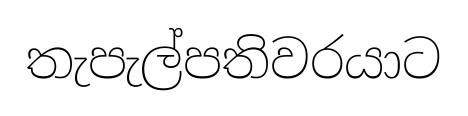
තැපැල්පතිවරයාට